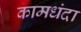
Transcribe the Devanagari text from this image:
कामधंदा